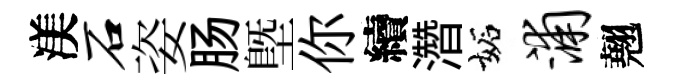
渼石姿肠塈你續濳妬浦翹